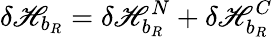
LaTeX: \delta\mathscr{H}_{b_{R}}=\delta\mathscr{H}_{b_{R}}^{N}+\delta\mathscr{H}_{b_{R}}^{C}